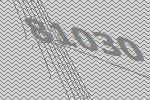
81030